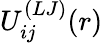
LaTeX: U_{ij}^{(LJ)}(r)